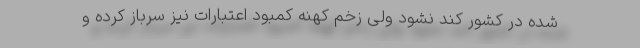
شده در کشور کند نشود ولی زخم کهنه کمبود اعتبارات نیز سرباز کرده و